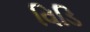
વિડિ